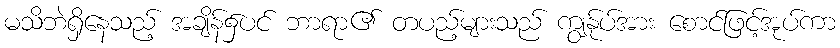
မသိဘဲရှိနေသည့် အချိန်၌ပင် ဘာရာ၏ တပည့်များသည် ကျွန်ုပ်အား စောင်ဖြင့်အုပ်ကာ